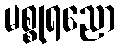
မစ္စုရညော